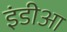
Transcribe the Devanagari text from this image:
इंडीआ